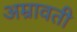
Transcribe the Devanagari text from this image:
अम्रावती